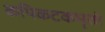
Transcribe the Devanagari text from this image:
कपिकटकभृतो